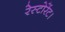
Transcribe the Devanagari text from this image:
रेस्टोरेंट।